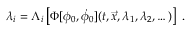
\lambda _ { i } = \Lambda _ { i } \left[ \Phi [ \phi _ { 0 } , \dot { \phi } _ { 0 } ] ( t , { \vec { x } } , \lambda _ { 1 } , \lambda _ { 2 } , \dots ) \right] \; .